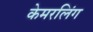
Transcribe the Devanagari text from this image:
केमरलिंग